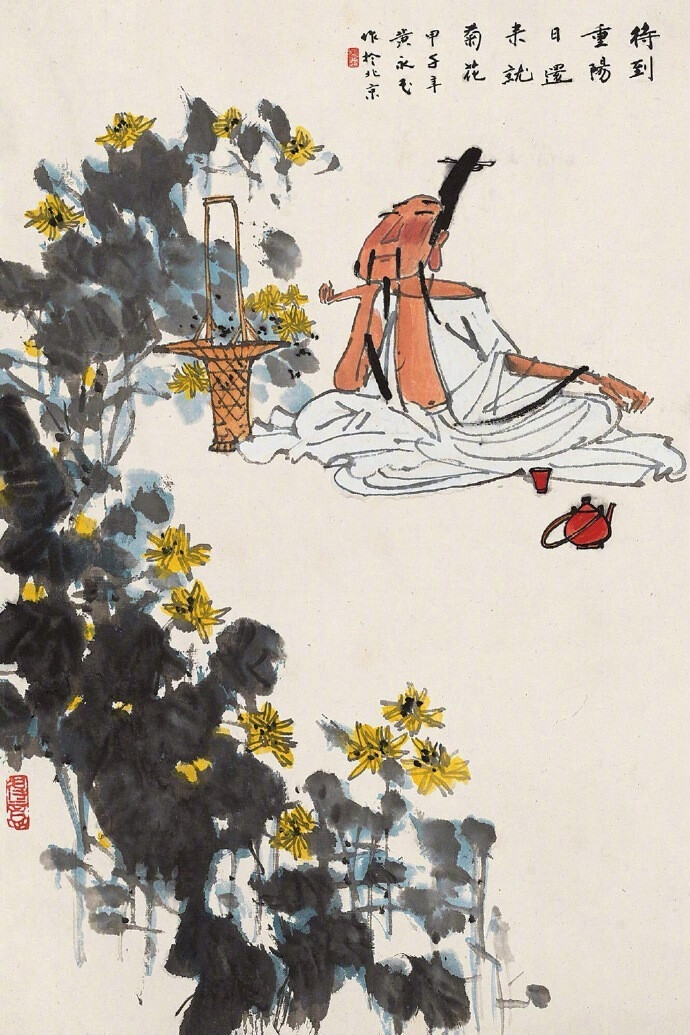
不是花中偏爱菊，此花开尽更无花。